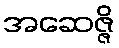
အဆေဇ္ဇိ